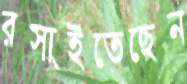
রসাইতেছেন